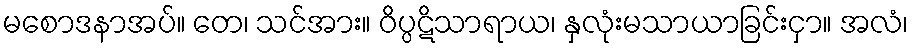
မစောဒနာအပ်။ တေ၊ သင်အား။ ဝိပ္ပဋိသာရာယ၊ နှလုံးမသာယာခြင်းငှာ။ အလံ၊